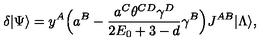
\delta | \Psi \rangle = y ^ { A } \Bigl ( a ^ { B } - \frac { a ^ { C } \theta ^ { C D } \gamma ^ { D } } { 2 E _ { 0 } + 3 - d } \gamma ^ { B } \Bigr ) J ^ { A B } | \Lambda \rangle ,